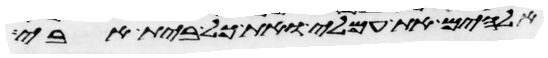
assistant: אלהים את עמלי ואת כל בית אבי